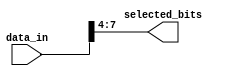
module PartSelectExample (
    input wire [15:0] data_in,  // 16-bit input vector
    output wire [3:0] selected_bits // 4-bit output for selected bits
);

// Part Select Continuous Assignment
assign selected_bits = data_in[7:4]; // Selecting bits 7 to 4 from data_in

endmodule